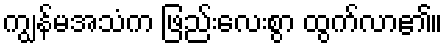
ကျွန်မအသံက ဖြည်းလေးစွာ ထွက်လာ၏။